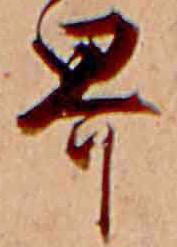
界